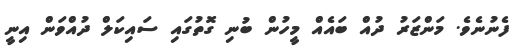
ފެނުނެވެ. މަންޒަރު ދުއް ބައެއް މީހުން ބުނި ގޮތުގައި ސައިކަލް ދުއްވަން އިނީ